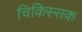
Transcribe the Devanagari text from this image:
चिकिस्सक